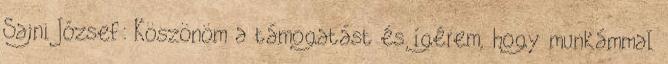
Sajni József: Köszönöm a támogatást és ígérem, hogy munkámmal